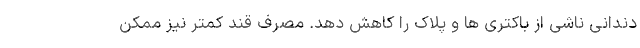
دندانی ناشی از باکتری ها و پلاک را کاهش دهد. مصرف قند کمتر نیز ممکن